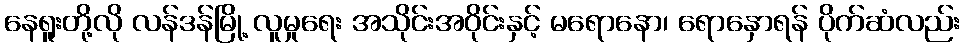
နေရူးတို့လို လန်ဒန်မြို့ လူမှုရေး အသိုင်းအဝိုင်းနှင့် မရောနော၊ ရောနှောရန် ပိုက်ဆံလည်း